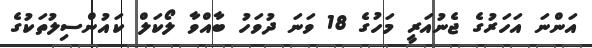
އަންނަ އަހަރުގެ ޖެނުއަރީ މަހުގެ 18 ވަނަ ދުވަހު ބާއްވާ ލޯކަލް ކައުންސިލުތަކުގެ